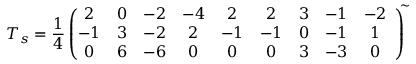
T _ { s } = \frac { 1 } { 4 } \left( \! \! \! \begin{array} { c c c c c c c c c } { { 2 } } & { { 0 } } & { { - 2 } } & { { - 4 } } & { { 2 } } & { { 2 } } & { { 3 } } & { { - 1 } } & { { - 2 } } \\ { { - 1 } } & { { 3 } } & { { - 2 } } & { { 2 } } & { { - 1 } } & { { - 1 } } & { { 0 } } & { { - 1 } } & { { 1 } } \\ { { 0 } } & { { 6 } } & { { - 6 } } & { { 0 } } & { { 0 } } & { { 0 } } & { { 3 } } & { { - 3 } } & { { 0 } } \end{array} \right) ^ { \! \! \sim }